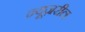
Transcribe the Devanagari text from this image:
न्यूज़रील